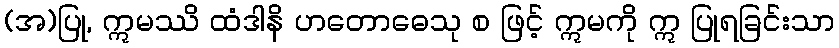
(အ)ပြု, ဣမဿိ ထံဒါနိ ဟတောဓေသု စ ဖြင့် ဣမကို ဣ ပြုရခြင်းသာ